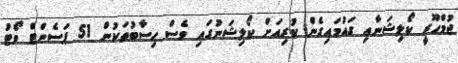
ޖުމްހޫރީ ކޯލިޝަނާއި ގައުމައިގެން ކުރިއަށް ކޯލިޝަނުގައި ވެސް ހިސާބުތަކުން 51 ޕަސެންޓް ވޯޓު